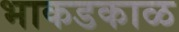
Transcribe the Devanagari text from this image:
भाकडकाळ